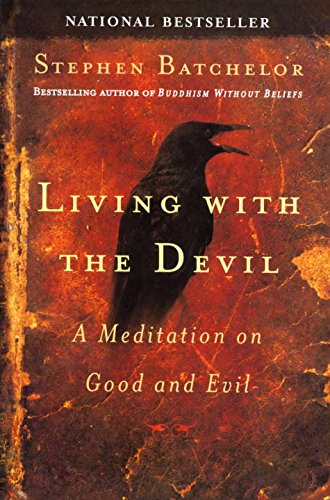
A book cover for Living with the Devil; Stephen Batchelor; Politics & Social Sciences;